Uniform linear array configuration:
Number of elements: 4
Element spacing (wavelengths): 0.5
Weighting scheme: hamming
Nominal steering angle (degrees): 60
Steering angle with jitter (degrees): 58.514
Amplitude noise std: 0.05
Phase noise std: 0.05

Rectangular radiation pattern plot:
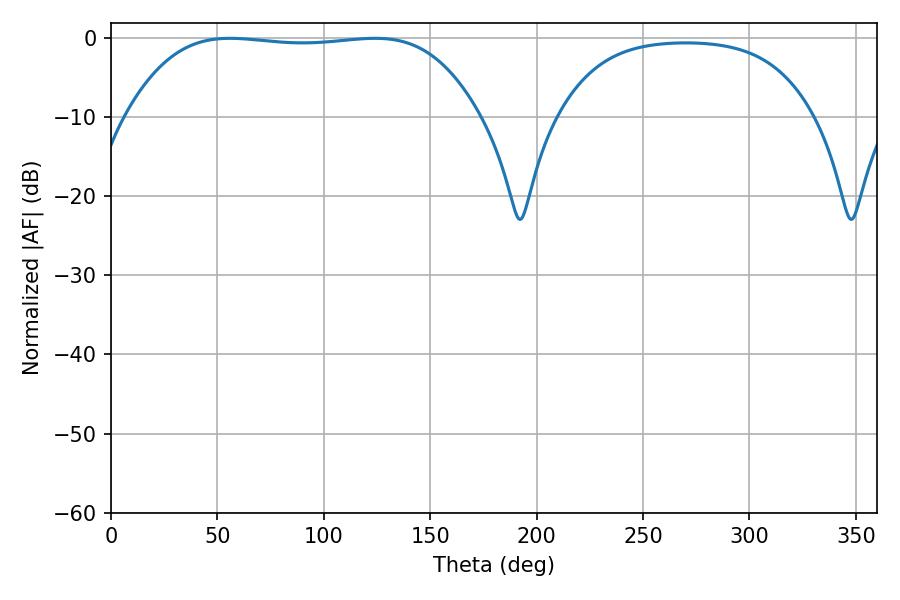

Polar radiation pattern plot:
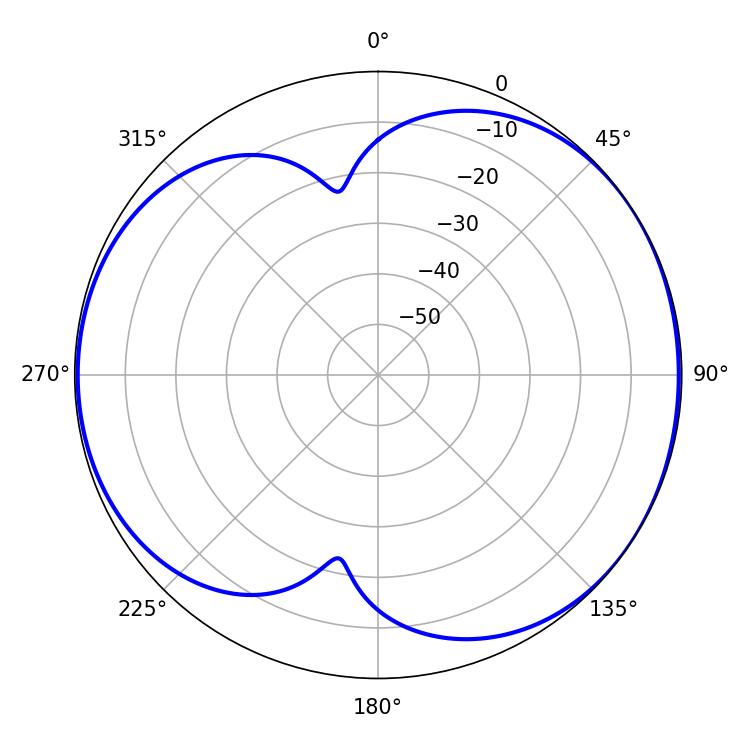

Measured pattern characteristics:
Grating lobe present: FALSE
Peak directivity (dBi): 5.355
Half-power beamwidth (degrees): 128.88
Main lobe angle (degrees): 55.8